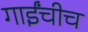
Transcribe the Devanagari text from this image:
गाईंचीच